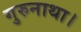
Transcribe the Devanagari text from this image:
गुरुनाथा।